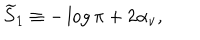
LaTeX: { \widetilde S } _ { 1 } \equiv - \log \pi + 2 \alpha _ { \nu } ,